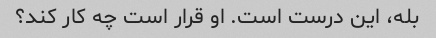
بله، این درست است. او قرار است چه کار کند؟